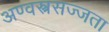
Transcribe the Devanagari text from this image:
अण्वस्त्रसज्जता